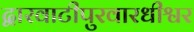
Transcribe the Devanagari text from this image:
द्वारवाटीपुरवारधीश्वर